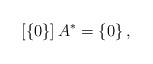
LaTeX: \begin{align*}\left[\left\{ 0\right\} \right]A^{*}=\left\{ 0\right\} ,\end{align*}